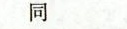
同